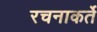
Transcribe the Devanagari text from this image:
रचनाकर्ते